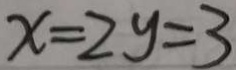
x = 2 y = 3